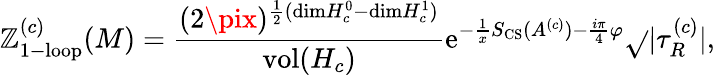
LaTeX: \mathbb{Z}_{\mathrm{{1-loop}}}^{(c)}(M)={\frac{{(2\pix)^{{\frac{{1}}{{2}}}(\mathrm{{dim}}H_{c}^{0}-\mathrm{{dim}}H_{c}^{1})}}}{{\mathrm{{vol}}(H_{c})}}}\mathrm{{e}}^{-{\frac{{1}}{{x}}}S_{\mathrm{{CS}}}(A^{(c)})-{\frac{{i\pi}}{{4}}}\varphi}{\sqrt{}{{|\tau_{R}^{(c)}|}}},